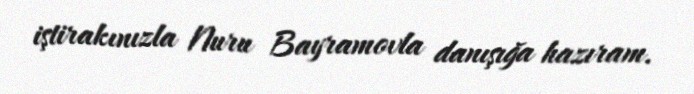
iştirakınızla Nuru Bayramovla danışığa hazıram.